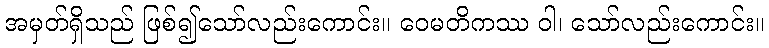
အမှတ်ရှိသည် ဖြစ်၍သော်လည်းကောင်း။ ဝေမတိကဿ ဝါ၊ သော်လည်းကောင်း။